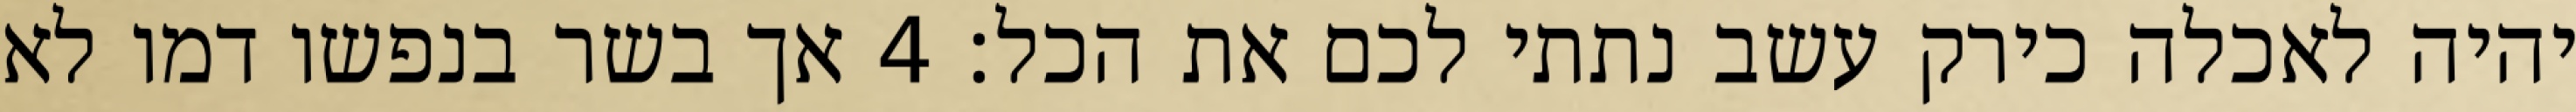
יהיה לאכלה כירק עשב נתתי לכם את הכל׃ ‎4‏ אך בשר בנפשו דמו לא